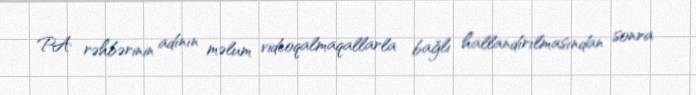
PA rəhbərinin adının məlum videoqalmaqallarla bağlı hallandırılmasından sonra